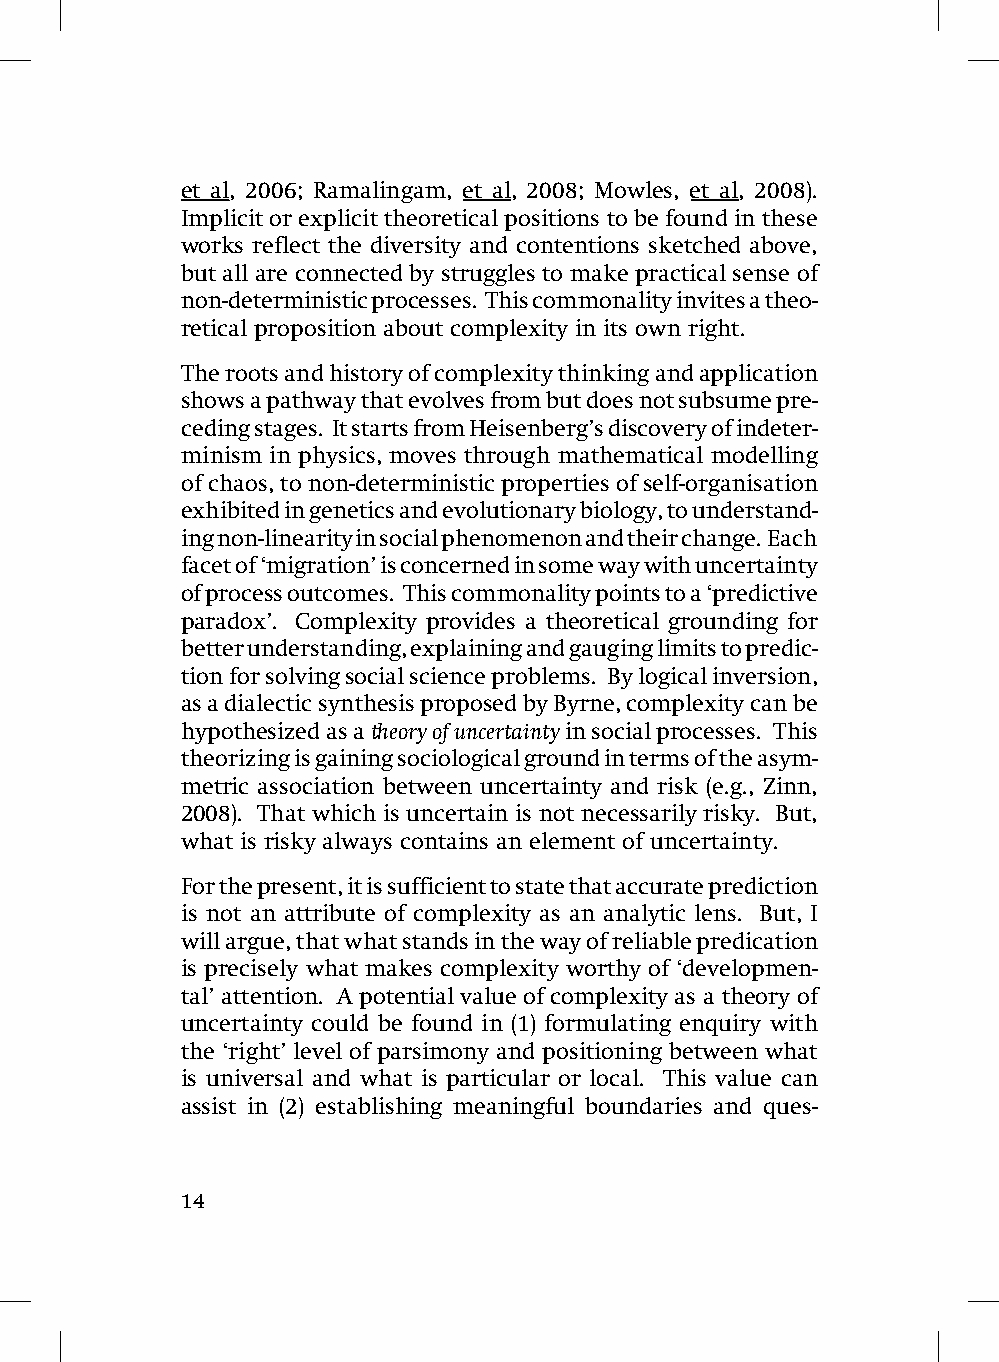
et al, 2006; Ramalingam, et al, 2008; Mowles, et al, 2008).
 Implicit or explicit theoretical positions to be found in these
 works reflect the diversity and contentions sketched above,
 but all are connected by struggles to make practical sense of
 non-deterministic processes. This commonality invites a theo-
 retical proposition about complexity in its own right.
 The roots and history of complexity thinking and application
 shows a pathway that evolves from but does not subsume pre-
 ceding stages. It starts from Heisenberg’s discovery of indeter-
 minism in physics, moves through mathematical modelling
 of chaos, to non-deterministic properties of self-organisation
 exhibited in genetics and evolutionary biology, to understand-
 ing non-linearity in social phenomenon and their change. Each
 facet of ‘migration’ is concerned in some way with uncertainty
 of process outcomes. This commonality points to a ‘predictive
 paradox’. Complexity provides a theoretical grounding for
 better understanding, explaining and gauging limits to predic-
 tion for solving social science problems. By logical inversion,
 as a dialectic synthesis proposed by Byrne, complexity can be
 hypothesized as a theory of uncertainty in social processes. This
 theorizing is gaining sociological ground in terms of the asym-
 metric association between uncertainty and risk (e.g., Zinn,
 2008). That which is uncertain is not necessarily risky. But,
 what is risky always contains an element of uncertainty.
 For the present, it is sufficient to state that accurate prediction
 is not an attribute of complexity as an analytic lens. But, I
 will argue, that what stands in the way of reliable predication
 is precisely what makes complexity worthy of ‘developmen-
 tal’ attention. A potential value of complexity as a theory of
 uncertainty could be found in (1) formulating enquiry with
 the ‘right’ level of parsimony and positioning between what
 is universal and what is particular or local. This value can
 assist in (2) establishing meaningful boundaries and ques-
 14